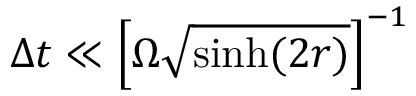
\Delta t \ll \left[ \Omega \sqrt { \sinh ( 2 r ) } \right] ^ { - 1 }